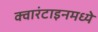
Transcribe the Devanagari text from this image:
क्वारंटाइनमध्ये